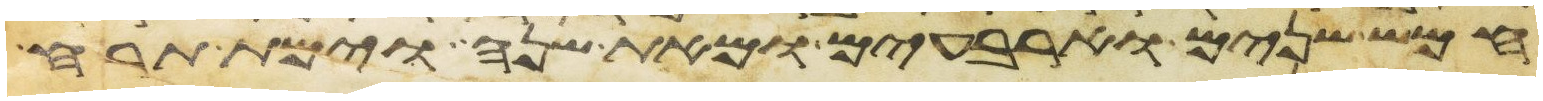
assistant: חמש שנים וארבעים ומאת שנה וימת תרח